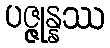
ပဇ္ဇုန္နဿ